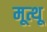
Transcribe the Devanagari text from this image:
मूत्थू